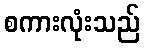
စကားလုံးသည်